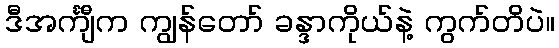
ဒီအင်္ကျီက ကျွန်တော် ခန္ဒာကိုယ်နဲ့ ကွက်တိပဲ။